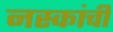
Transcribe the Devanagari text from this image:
नस्कांची